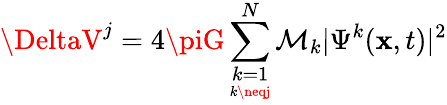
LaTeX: \DeltaV^{j}=4\piG\sum_{\underset{k\neqj}{k=1}}^{N}\mathcal{M}_{k}\vert\Psi^{k}(\textbf{{x}},t)\vert^{2}